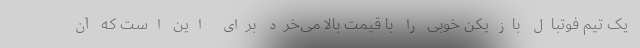
یک تیم فوتبال بازیکن خوبی را با قیمت بالا می‌خرد برای این است که آن